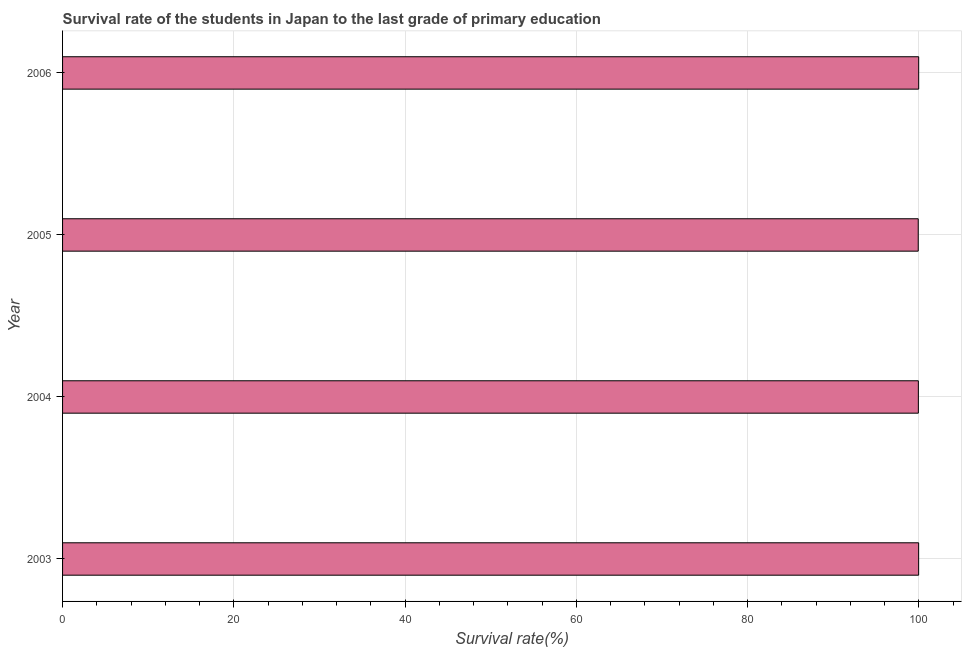
| Year | Primary Education |
 | --- | --- |
 | 2003 | 100 |
 | 2004 | 99.9 |
 | 2005 | 99.9 |
 | 2006 | 100 |